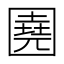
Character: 𡈦